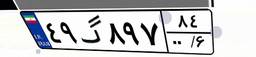
۴۹گ۸۹۷۸۴